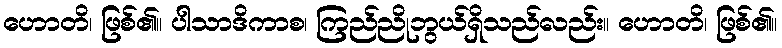
ဟောတိ၊ ဖြစ်၏။ ပါသာဒိကာစ၊ ကြည်ညိုဘွယ်ရှိသည်လည်း။ ဟောတိ၊ ဖြစ်၏။